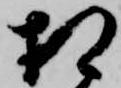
相